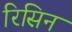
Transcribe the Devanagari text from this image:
रिसिन